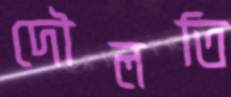
দৌলতি